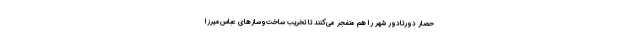
حصار دورتادور شهر را هم منفجر می‌کنند تا تخریب ساخت‌وسازهای عباس‌میرزا